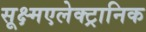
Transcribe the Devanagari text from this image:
सूक्ष्मएलेक्ट्रानिक